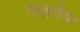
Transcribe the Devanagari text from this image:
खाइयेगा